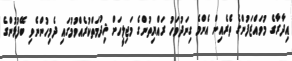
އިދާރާގެ މުވައްޒަފުންގެ ތެރެއިން އެންމެ ގިނަދުވަހު ރައްޔިތުންގެ މަޖިލީހަށް ޚިދުމަތްކުރެއްވުމުގައި ދެމިހުންނެވި ބޭފުޅުންގެ